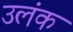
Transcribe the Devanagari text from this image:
उलंक